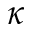
\kappa